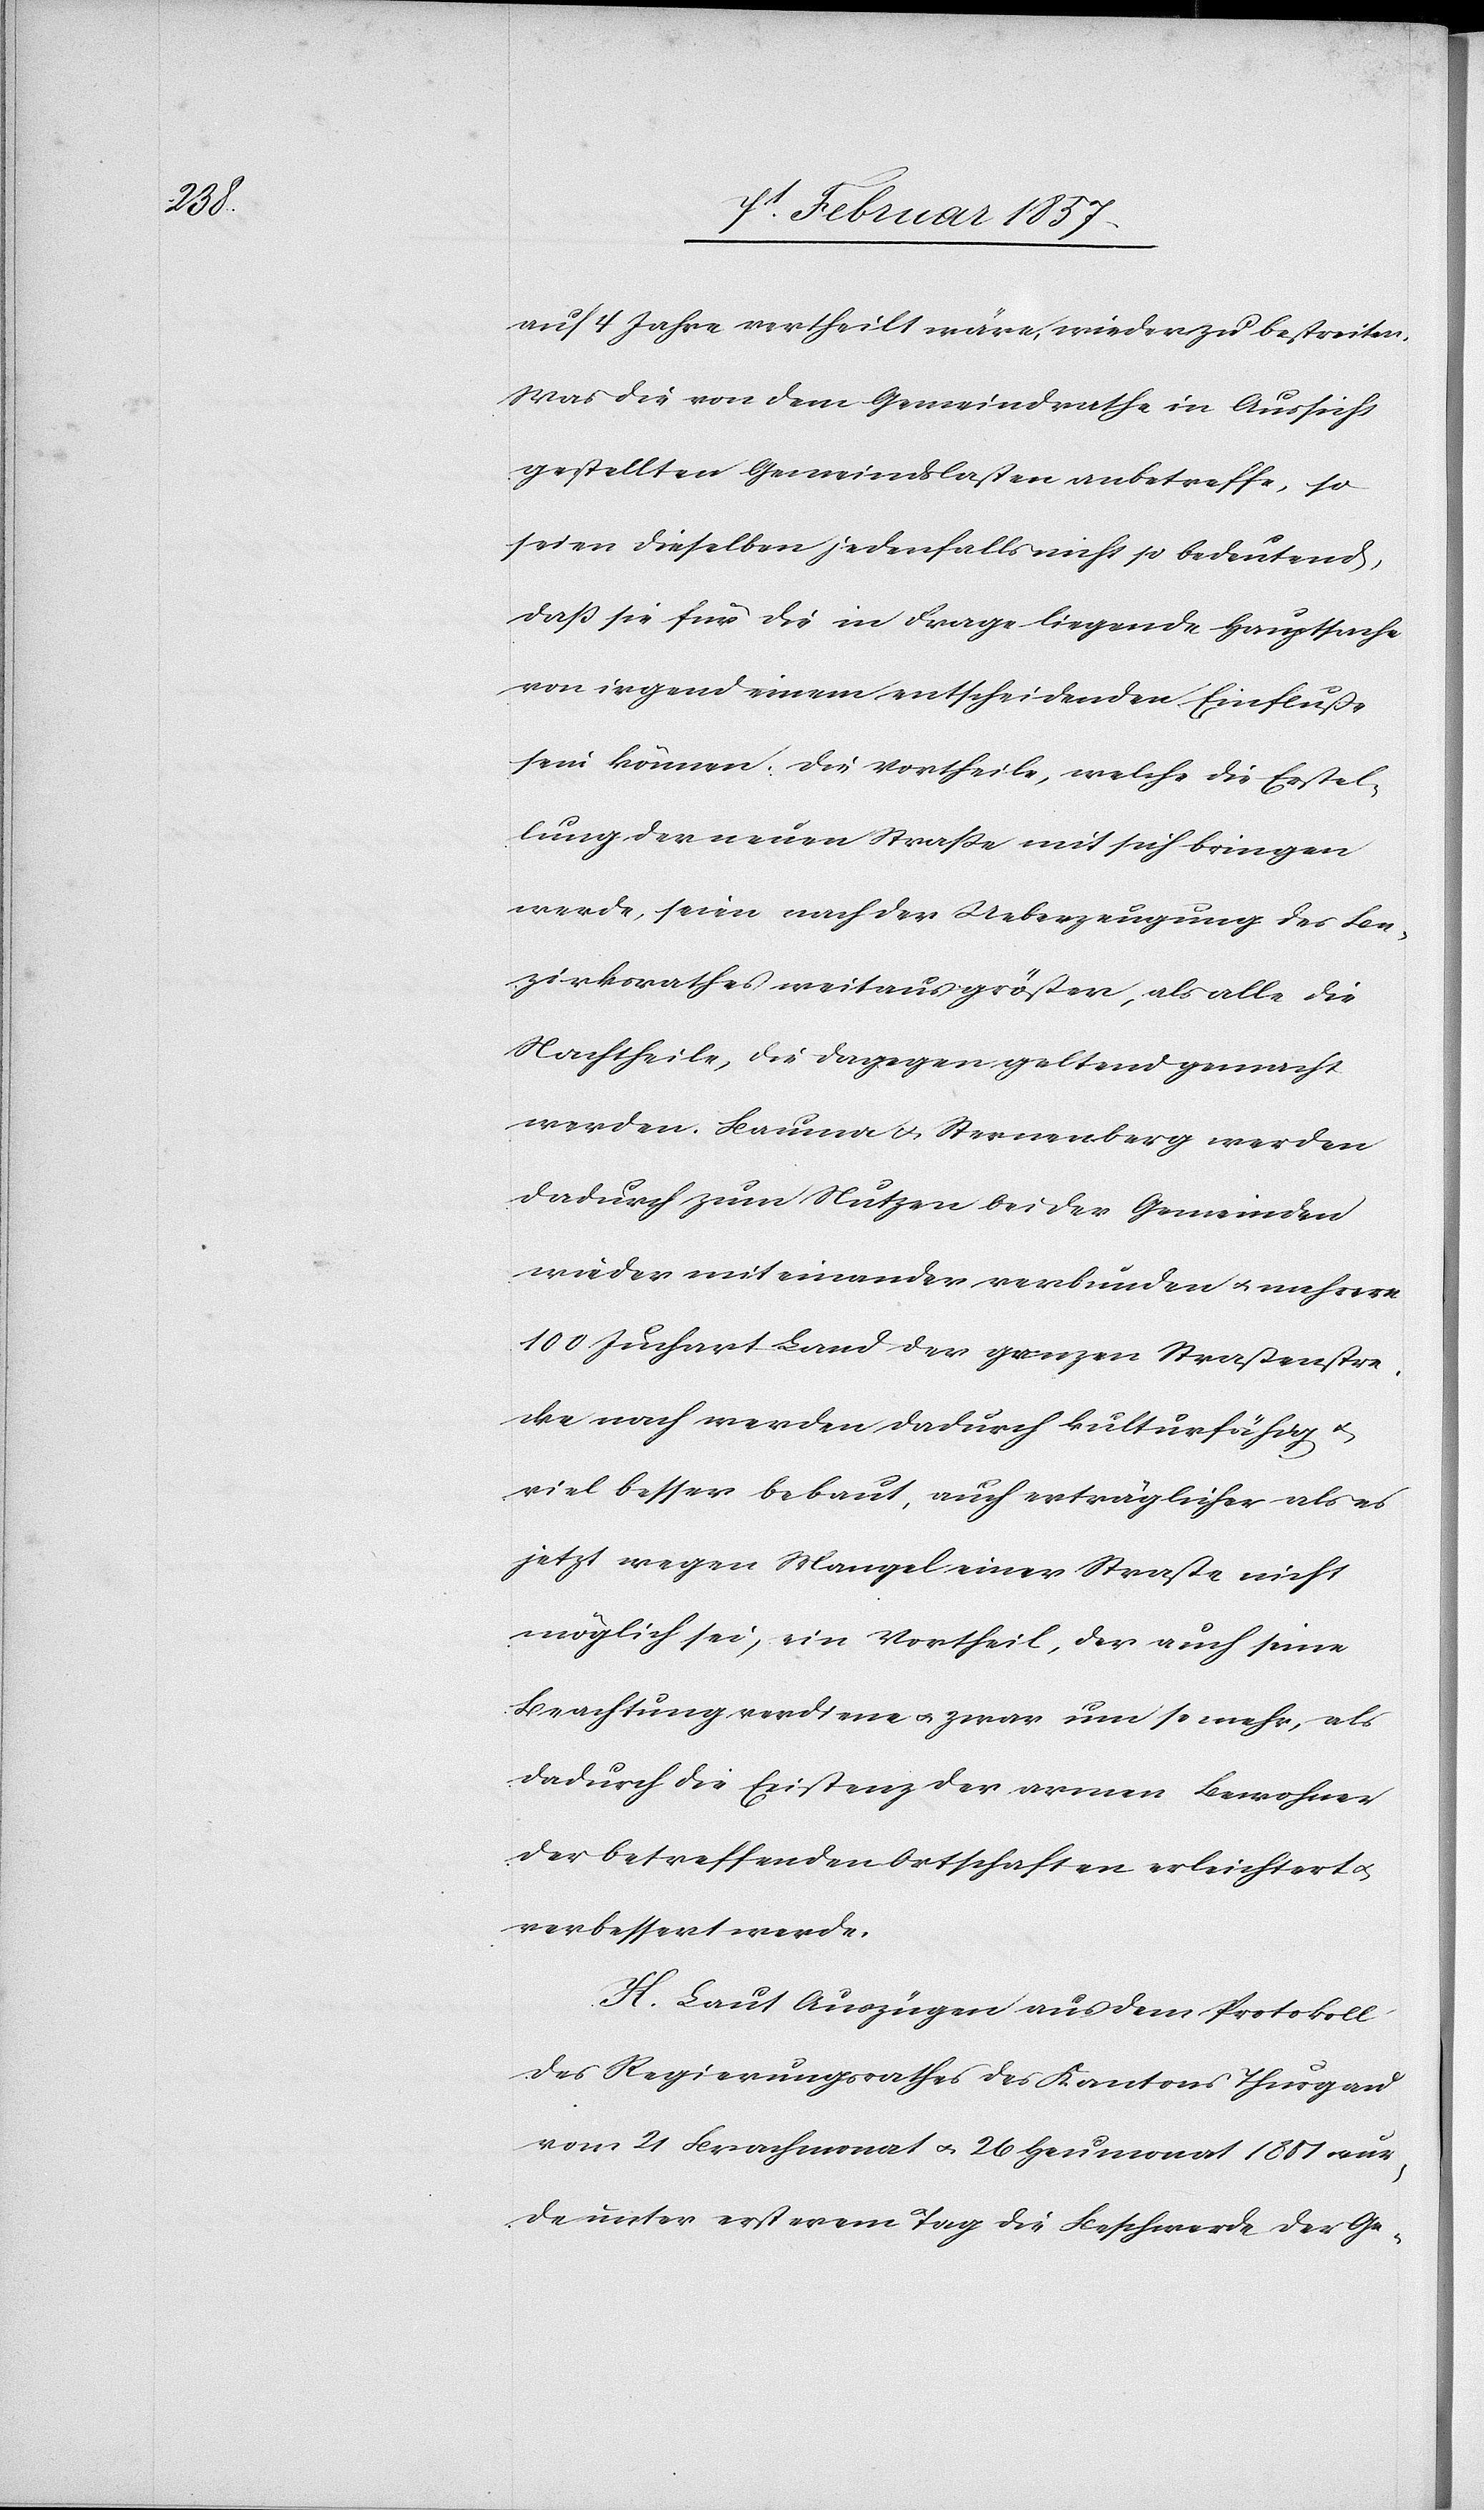
auf 4 Jahre vertheilt wäre, wieder zu bestreiten.
Was die von dem Gemeindrathe in Aussicht
gestellten Gemeindslasten anbetreffe, so
seien dieselben jedenfalls nicht so bedeutend,
daß sie für die in Frage liegende Hauptsache
von irgend einem entscheidenden Einfluße
sein können. Die Vortheile, welche die Erstel¬
lung der neuen Straße mit sich bringen
werde, seien nach der Ueberzeugung des Be¬
zirksrathes weitaus größer, als alle die
Nachtheile, die dagegen geltend gemacht
werden. Bauma u. Sternenberg werden
dadurch zu Nutzen beider Gemeinden
wieder mit einander verbunden u. mehrere
100 Juchart Land der ganzen Straßenstre¬
cke nach werden dadurch kulturfähig u.
viel besser bebaut, auch erträglicher als es
jetzt wegen Mangel einer Straße nicht
möglich sei, ein Vortheil, der auch seine
Beachtung verdiene u. zwar um so mehr, als
dadurch die Existenz der armen Bewohner
der betreffenden Ortschaften erleichtert u.
verbessert werde.
K. Laut Auszügen aus dem Protokoll
des Regierungsrathes des Kantons Thurgau
vom 21 Brachmonat u. 26 Heumonat 1851 wur¬
de unter ersterem Tag die Beschwerde der Ge-